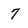
Character: 7